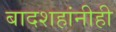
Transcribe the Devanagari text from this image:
बादशहांनीही